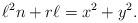
LaTeX: \begin{align*}\ell^2 n+r\ell = x^2+y^2.\end{align*}